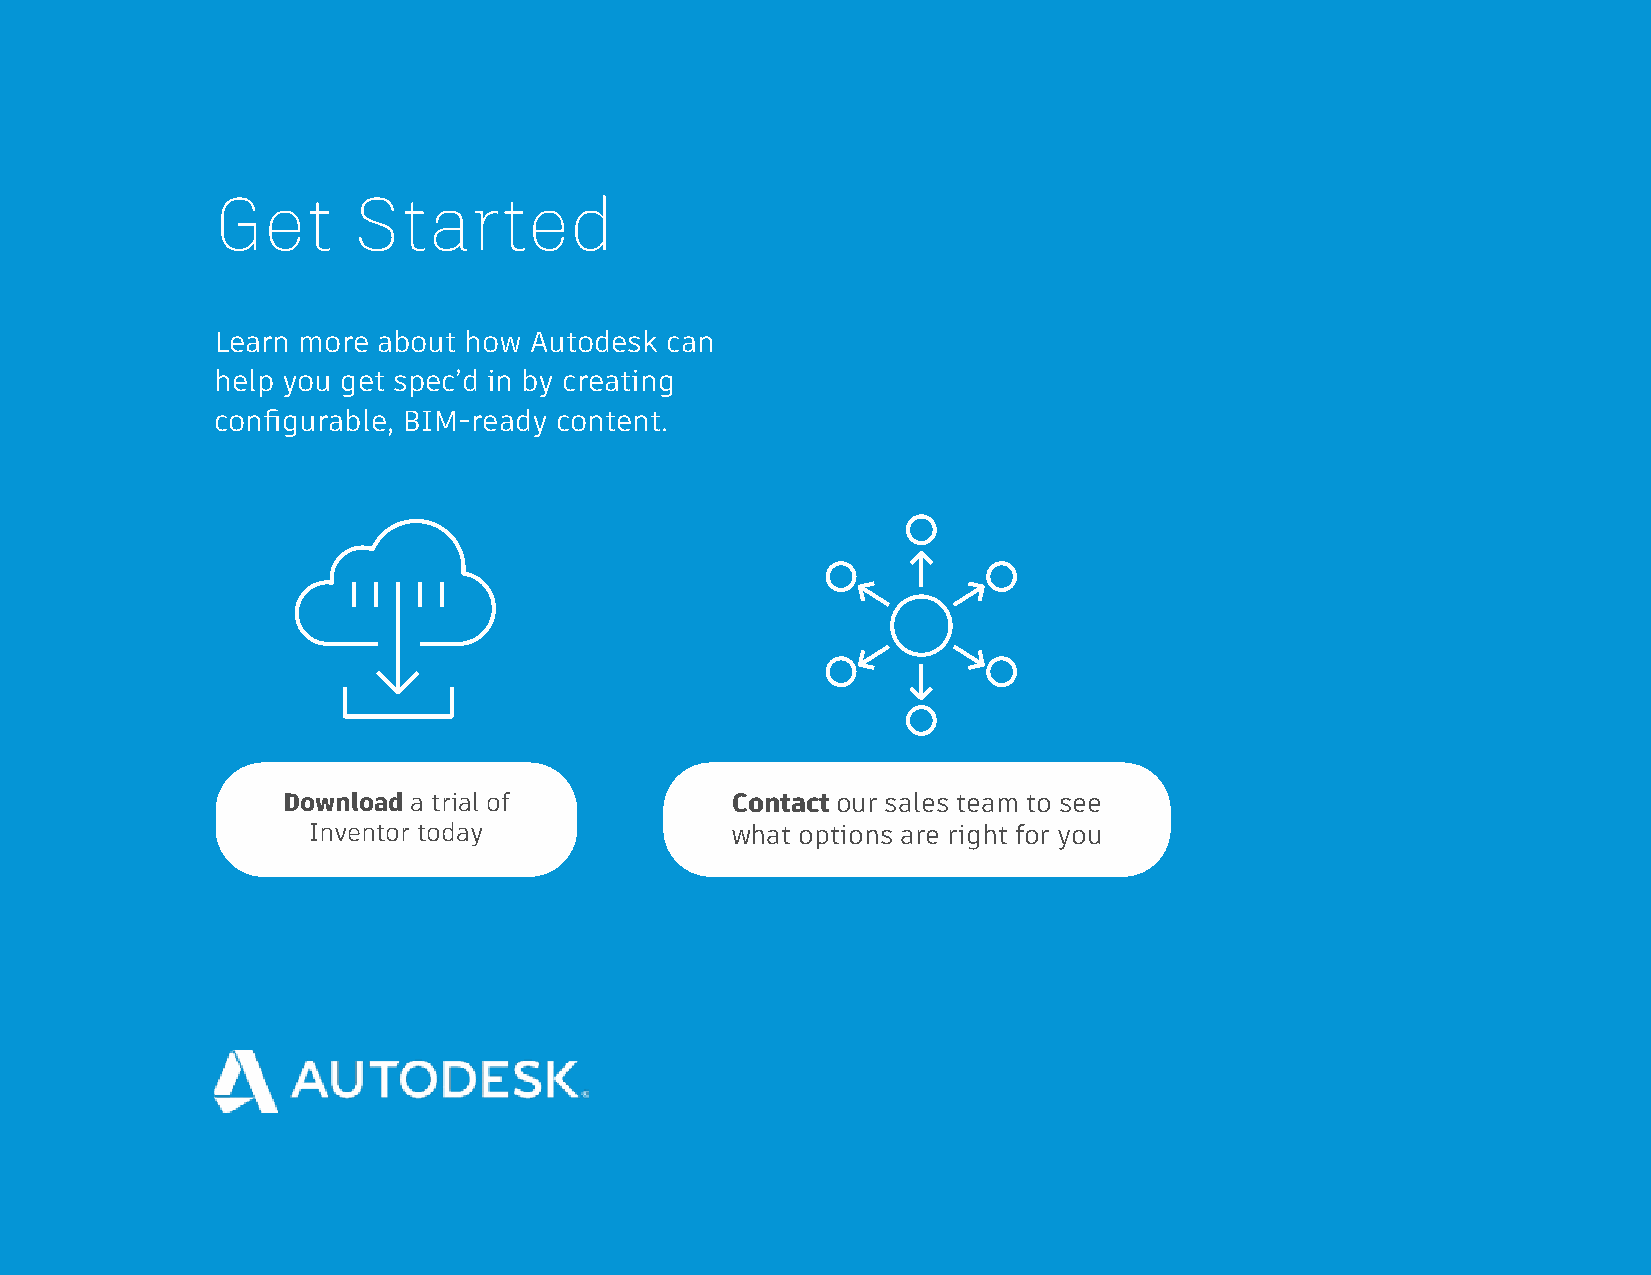
Get      Started
 Learn more about how Autodesk can
 help you get spec’d in by creating
 configurable, BIM-ready content.
 Download a trial of          Contact our sales team to see
 Inventor today              what options are right for you